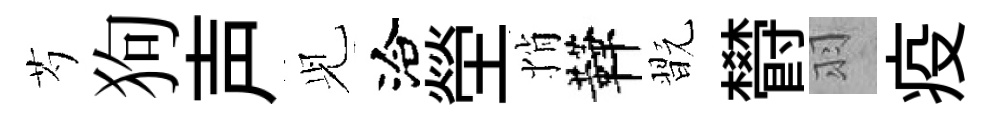
芍狗声𫤗洽塋悄鞾翫欎羽疫